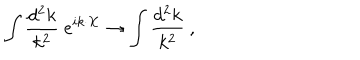
\int { \frac { d ^ { 2 } k } { k ^ { 2 } } } ~ e ^ { i k \cdot X } \rightarrow \int { \frac { d ^ { 2 } k } { k ^ { 2 } } } ~ ,